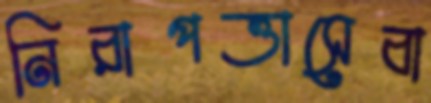
নিরাপত্তাসেবা